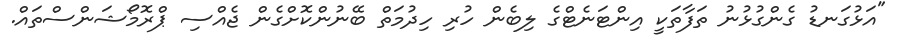
"އަޅުގަނޑު ގެންގުޅުނު ތަފާތަކީ އިންޓަނެޓްގެ ލިބެން ހުރި ހިދުމަތް ބޭނުންކޮށްގެން ޖެއްސި ޕްރޮމޯޝަންސްތައް.